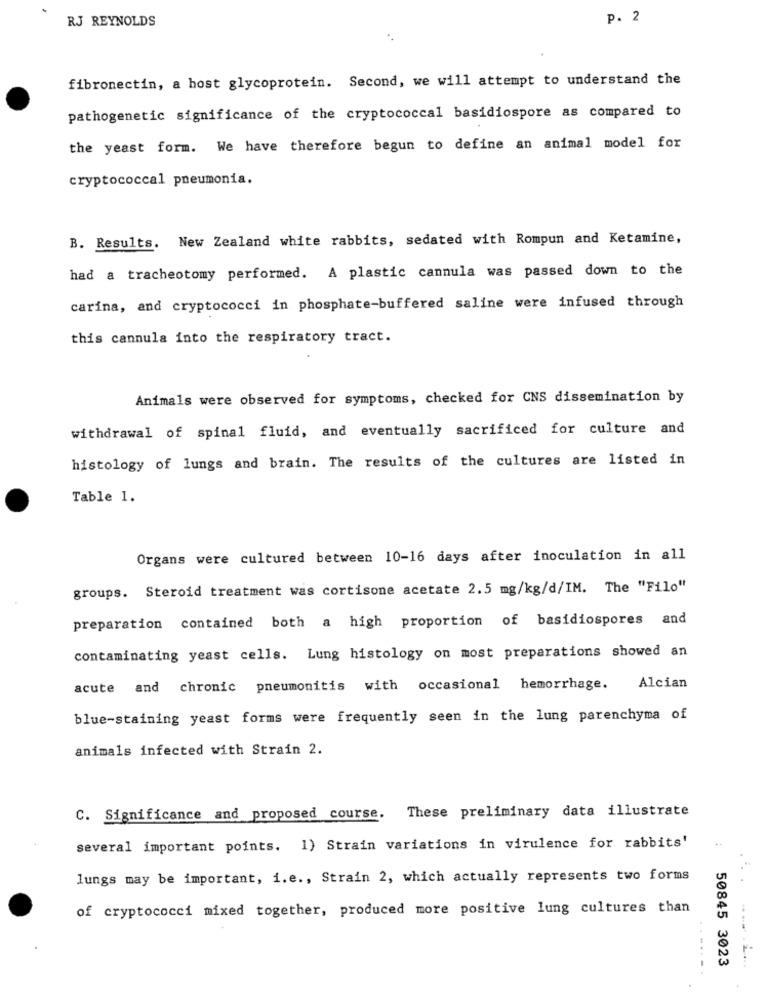
RJ REYNOLDS
p. 2
fibronectin, a host glycoprotein. Second, we will attempt to understand the
pathogenetic significance of the cryptococcal basidiospore as compared to
the yeast form. We have therefore begun to define an animal model for
cryptococcal pneumonia.
B. Results. New Zealand white rabbits, sedated with Rompun and Ketamine,
had a tracheotomy performed. A plastic cannula was passed down to the
carina, and cryptococci in phosphate-buffered saline were infused through
this cannula into the respiratory tract.
Animals were observed for symptoms, checked for CNS dissemination by
withdrawal of spinal fluid, and eventually sacrificed for culture and
histology of lungs and brain. The results of the cultures are listed in
Table 1.
Organs were cultured between 10-16 days after inoculation in all
groups. Steroid treatment was cortisone acetate 2.5 mg/kg/d/IM. The "Filo"
preparation contained both a high proportion of basidiospores and
contaminating yeast cells. Lung histology on most preparations showed an
acute and chronic pneumonitis with occasional hemorrhage.
Alcian
blue-staining yeast forms were frequently seen in the lung parenchyma of
animals infected with Strain 2.
C. Significance and proposed course. These preliminary data illustrate
several important points. 1) Strain variations in virulence for rabbits'
lungs may be important, i.e ., Strain 2, which actually represents two forms
of cryptococci mixed together, produced more positive lung cultures than
50845 3023
. .....